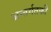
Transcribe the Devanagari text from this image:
अन्तर्गतकी